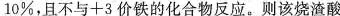
10\%，且不与+3价铁的化合物反应。则该烧渣酸